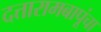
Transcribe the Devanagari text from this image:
दत्तारामबापूंचा